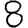
Digit: 8